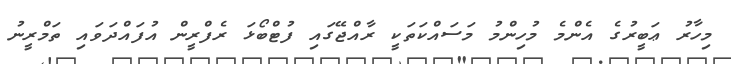
މިހާރު ޢަބީރުގެ އެންމެ މުހިންމު މަސައްކަތަކީ ރާއްޖޭގައި ފުޓްބޯޅަ ރެފްރީން އުފައްދަވައި ތަމްރީނު